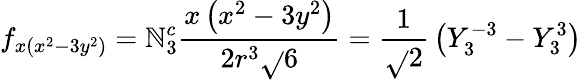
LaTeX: f_{x(x^{2}-3y^{2})}=\mathbb{N}_{3}^{c}{\frac{{x\left(x^{2}-3y^{2}\right)}}{{2r^{3}{\sqrt{}{{6}}}}}}={\frac{{1}}{{\sqrt{}{{2}}}}}\left(Y_{3}^{-3}-Y_{3}^{3}\right)